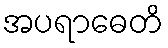
အပရာဓေတိ